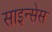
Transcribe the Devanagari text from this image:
साइन्सेस